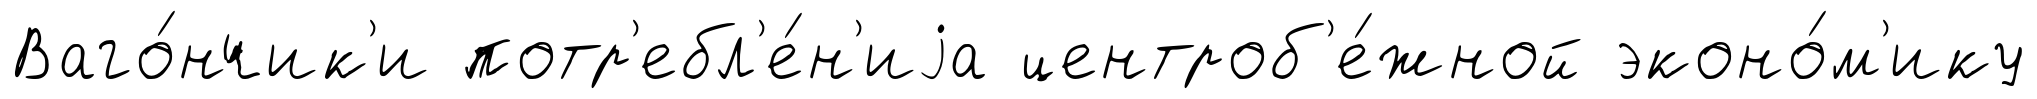
Ваго́нчик'и потр'ебл'е́н'иjа центроб'е́жной эконо́м'ику